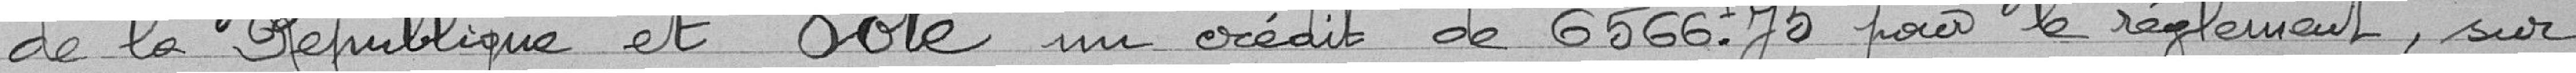
de la République et vote un crédit de 6566 francs 75 pour le règlement, sur